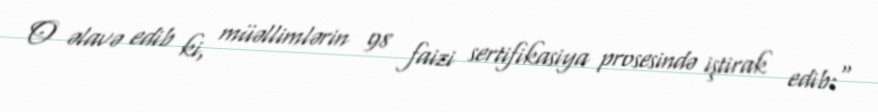
O əlavə edib ki, müəllimlərin 98 faizi sertifikasiya prosesində iştirak edib:"